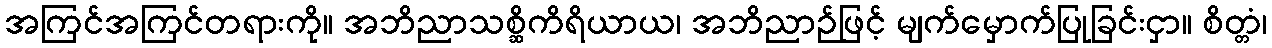
အကြင်အကြင်တရားကို။ အဘိညာသစ္ဆိကိရိယာယ၊ အဘိညာဉ်ဖြင့် မျက်မှောက်ပြုခြင်းငှာ။ စိတ္တံ၊